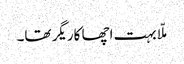
ملّا بہت اچھا کاریگر تھا۔